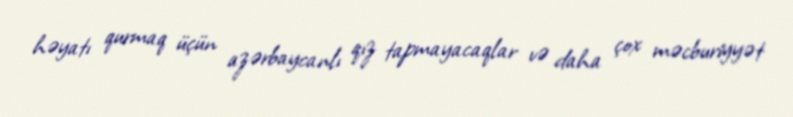
həyatı qurmaq üçün azərbaycanlı qız tapmayacaqlar və daha çox məcburiyyət